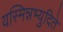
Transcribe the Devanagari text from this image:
यस्मिन्नभ्युदिते